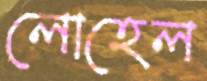
লোহেল